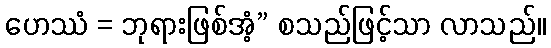
ဟေဿံ = ဘုရားဖြစ်အံ့” စသည်ဖြင့်သာ လာသည်။